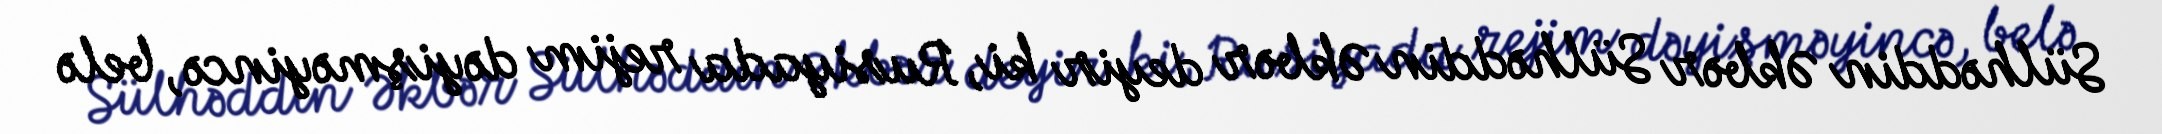
Sülhəddin Əkbər Sülhəddin Əkbər deyir ki, Rusiyada rejim dəyişməyincə, belə